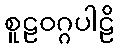
စူဠဝဂ္ဂပါဠိ